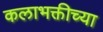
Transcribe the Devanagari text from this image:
कलाभक्तीच्या